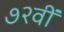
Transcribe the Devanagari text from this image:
७२वीं